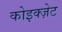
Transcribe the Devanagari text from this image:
कोइक्ज़ेट